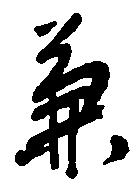
兼